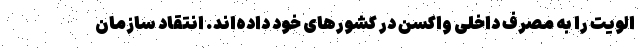
الویت را به مصرف داخلی واکسن در کشورهای خود داده‌اند. انتقاد سازمان